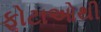
ફોટાઓથી